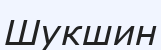
Шукшин